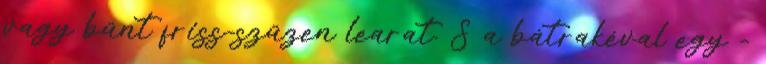
vagy bűnt friss-szűzen learat. S a bátrakéval egy -